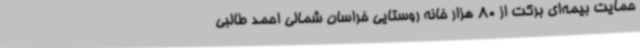
حمایت بیمه‌ای برکت از 80 هزار خانه روستایی خراسان شمالی احمد طالبی